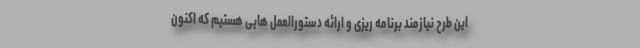
این طرح نیازمند برنامه ریزی و ارائه دستورالعمل هایی هستیم که اکنون